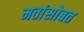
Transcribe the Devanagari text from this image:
मतांसोबत